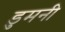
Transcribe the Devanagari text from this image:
डुमनी